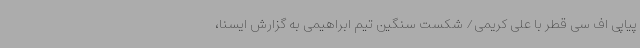
پیاپی اف سی قطر با علی کریمی/ شکست سنگین تیم ابراهیمی به گزارش ایسنا،